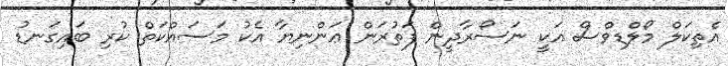
އެތިކަލް މޯލްޑިވްސް އަކީ ނަސޯރާދީން ފަތުރަން ޢަންނިޔާ އެކު މަސައްކަތް ކުރި ބައިގަނޑު